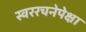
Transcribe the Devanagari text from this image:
स्वररचनेपेक्षा